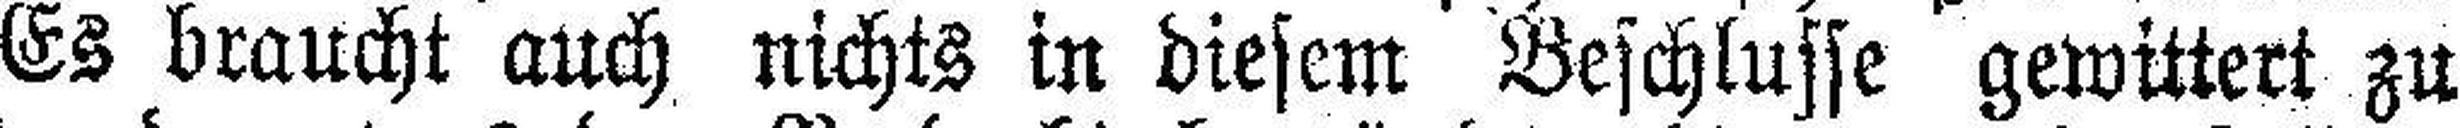
Es braucht auch nichts in diesem Beschlusse gewittert zu